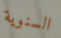
السنوية